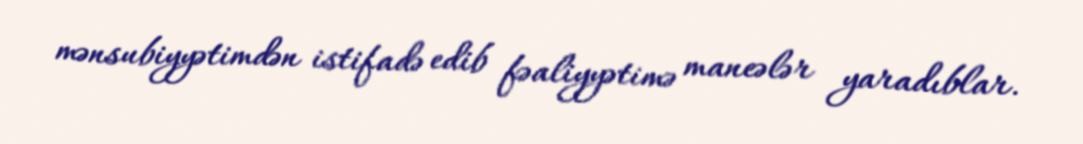
mənsubiyyətimdən istifadə edib fəaliyyətimə maneələr yaradıblar.